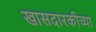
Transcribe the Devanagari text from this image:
खासदारकीच्या